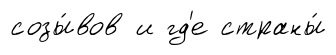
созы́вов и гд'е страны́